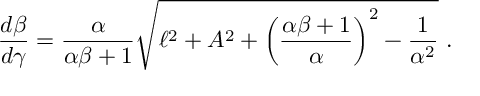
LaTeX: \frac { d \beta } { d \gamma } = \frac { \alpha } { \alpha \beta + 1 } \sqrt { \ell ^ { 2 } + A ^ { 2 } + \left( \frac { \alpha \beta + 1 } { \alpha } \right) ^ { 2 } - \frac { 1 } { \alpha ^ { 2 } } } \ .